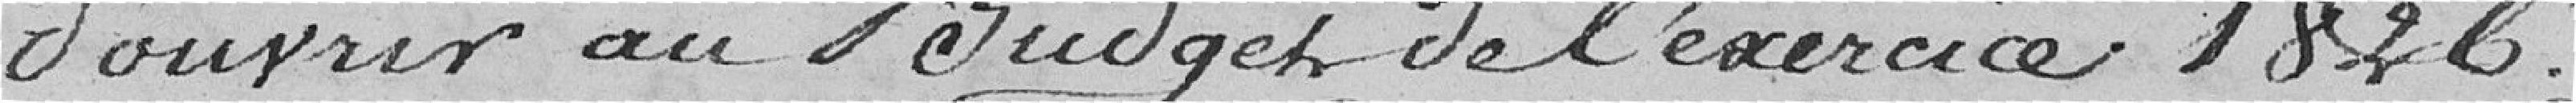
d'ouvrir au budget de l'exercice 1826 :